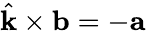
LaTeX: \hat{\mathbf{k}}\times\mathbf{b}=-\mathbf{a}